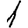
Digit: 1